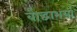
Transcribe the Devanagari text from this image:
बौद्धाभर्या